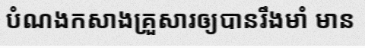
បំណងកសាងគ្រួសារឲ្យបានរឹងមាំ មាន